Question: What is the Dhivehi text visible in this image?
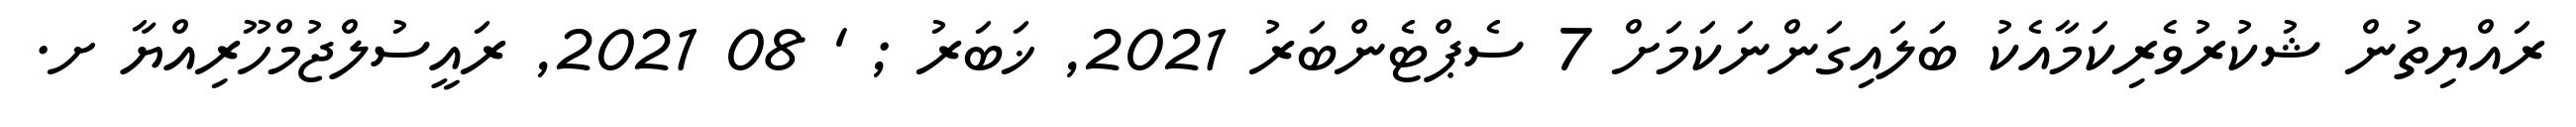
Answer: ރައްޔިތުން ޝުކުރުވެރިކަމާއެކު ބަލައިގަންނަކަމަށް 7 ސެޕްޓެންބަރު 2021, ޚަބަރު ; ' 08 2021, ރައީސުލްޖުމްހޫރިއްޔާ ށ.